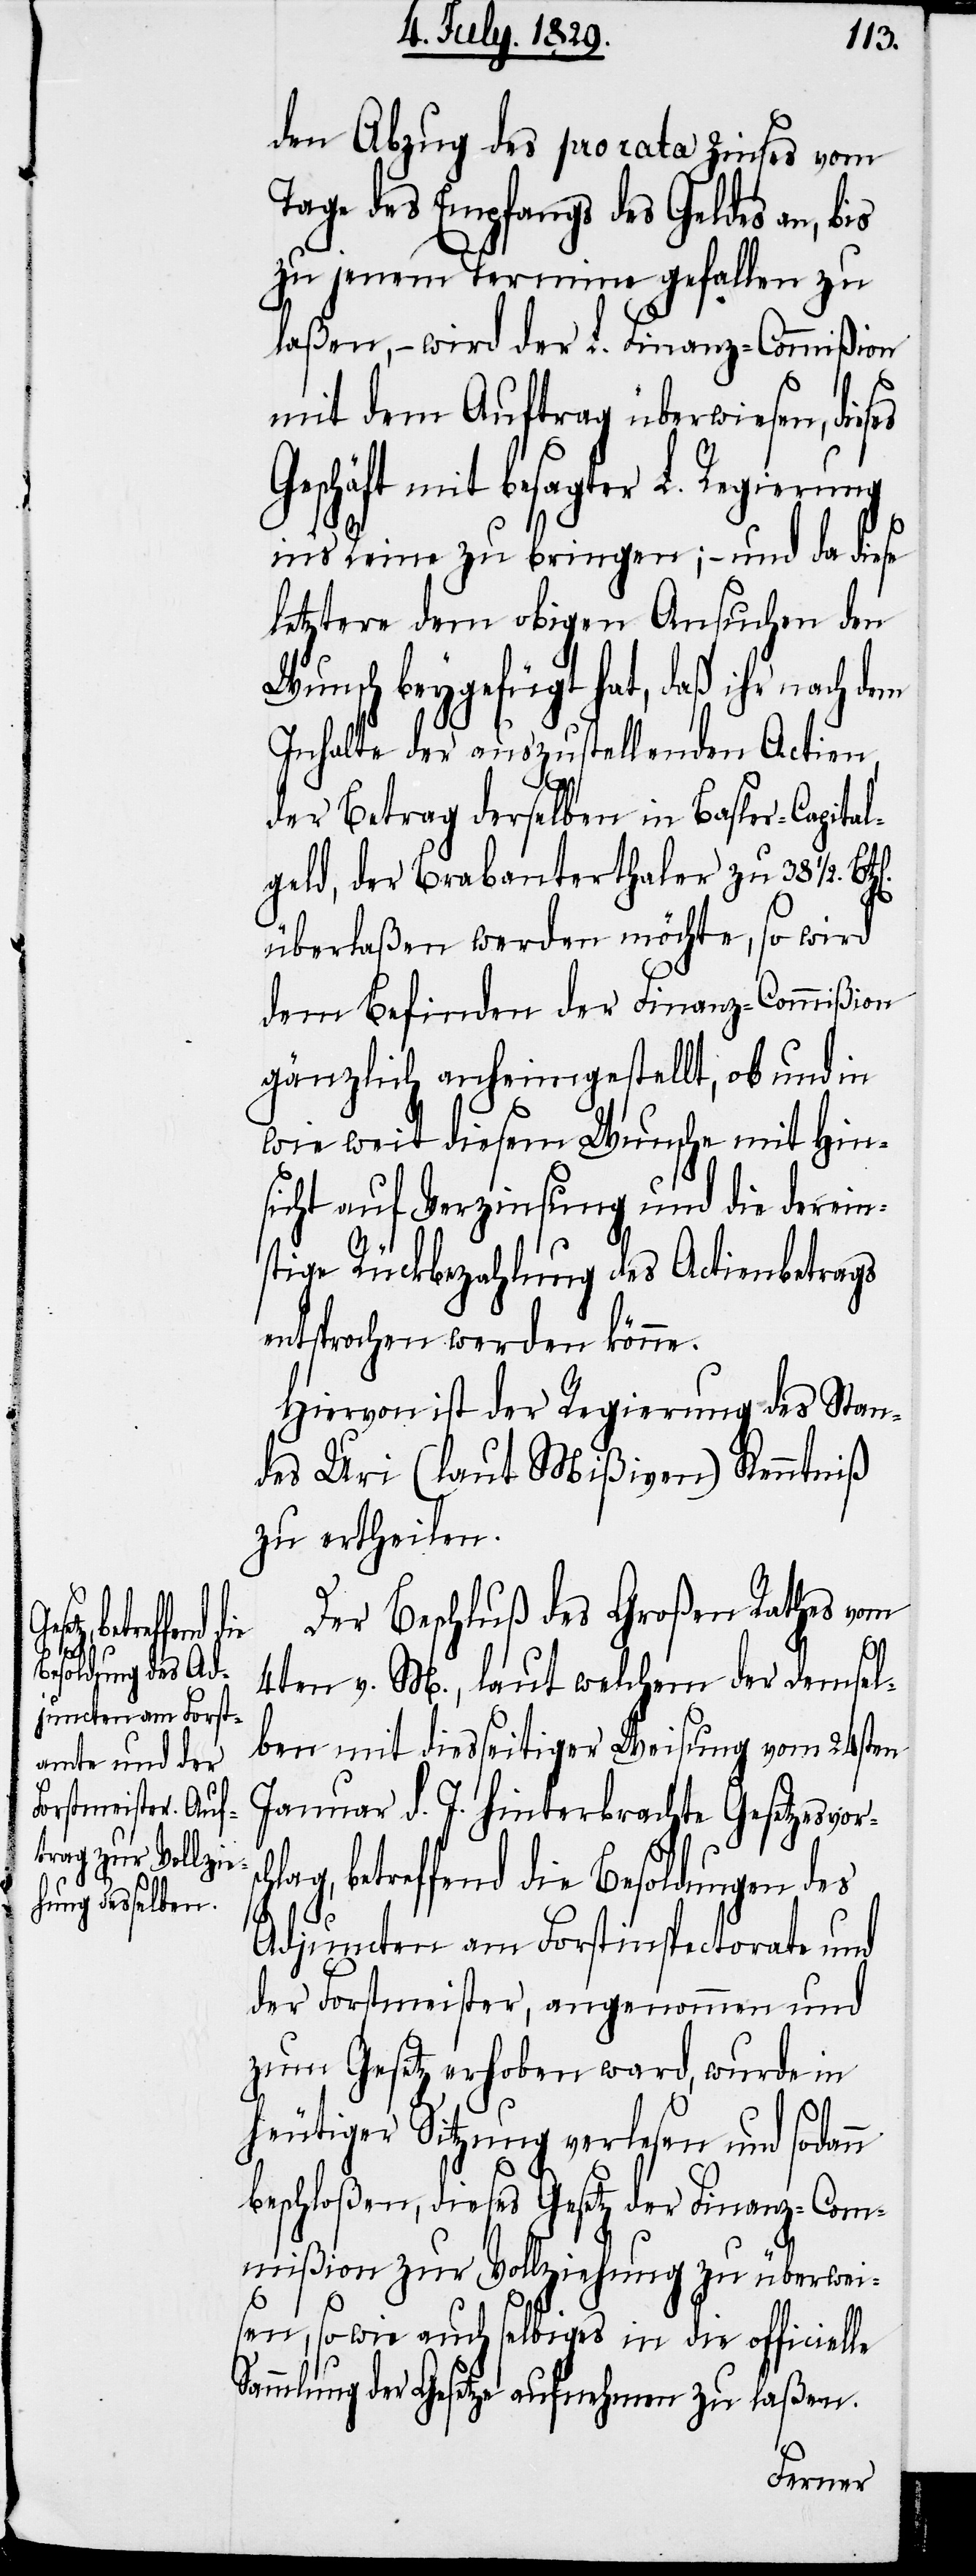
es Geschäft mit

den Abzug des pro rata Zinses vom
Tage des Empfangs des Geldes an, bis
zu jenem Termine gefallen zu
laßen,– wird der L. Finanz-Commißon
mit dem Auftrag überwiesen, dies¬
besagter L. Regierung
in’s Reine zu bringen;– und da diese
letztere dem obigen Ansuchen den
Wunsch beygefügt hat, daß ihr nach dem
Inhalte der auszustellenden Actien
schlag,
der Betrag derselben in Basler-Capital¬
geld, der Brabanterthaler zu 38½.
überlaßen werden möchte, so wird
dem Befinden der Finanz-Commißion
gänzlich anheimgestellt, ob und in
wie weit diesem Wunsche mit Hin¬
sicht auf Verzinsung und die derein¬
stige Rückbezahlung des Actienbetrags
entsprochen werden könne.
Hiervon ist der Regierung des Stan¬
des Uri (laut Mißiven) Kenntniß
zu ertheilen.
Der Beschluß des Großen Rathes vom
4ten v. M., laut welchem der demsel¬
ben mit diesseitiger Weisung vom 25sten
Januar d. J. hinterbrachte Gesetzesvor¬
betreffend die Besoldungen des
Adjuncten am Forstinspectorate und
der Forstmeister, angenommen und
zum Gesetz erhoben ward, wurde in
heutiger Sitzung verlesen und sodann
beschloßen, dieses Gesetz der Finanz-Com¬
mißion zur Vollziehung zu überwei¬
sen, so wie auch selbiges in die officielle
Sammlung der Gesetze aufnehmen zu laßen.